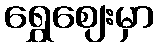
ရွှေဈေးမှာ